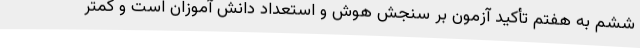
ششم به هفتم تأکید آزمون بر سنجش هوش و استعداد دانش آموزان است و کمتر